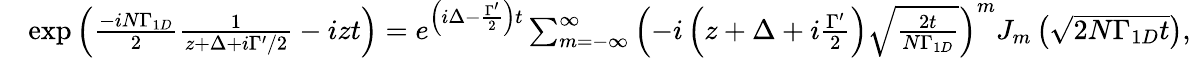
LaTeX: \begin{array}{rl}&{\mathrm{exp}\left(\frac{-iN\Gamma_{1D}}{2}\frac{1}{z+\Delta+i\Gamma^{\prime}/2}-izt\right)=e^{\left(i\Delta-\frac{\Gamma^{\prime}}{2}\right)t}\sum_{m=-\infty}^{\infty}\left(-i\left(z+\Delta+i\frac{\Gamma^{\prime}}{2}\right)\sqrt{\frac{2t}{N\Gamma_{1D}}}\right)^{m}J_{m}\left(\sqrt{2N\Gamma_{1D}t}\right),}\end{array}